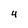
Character: 4